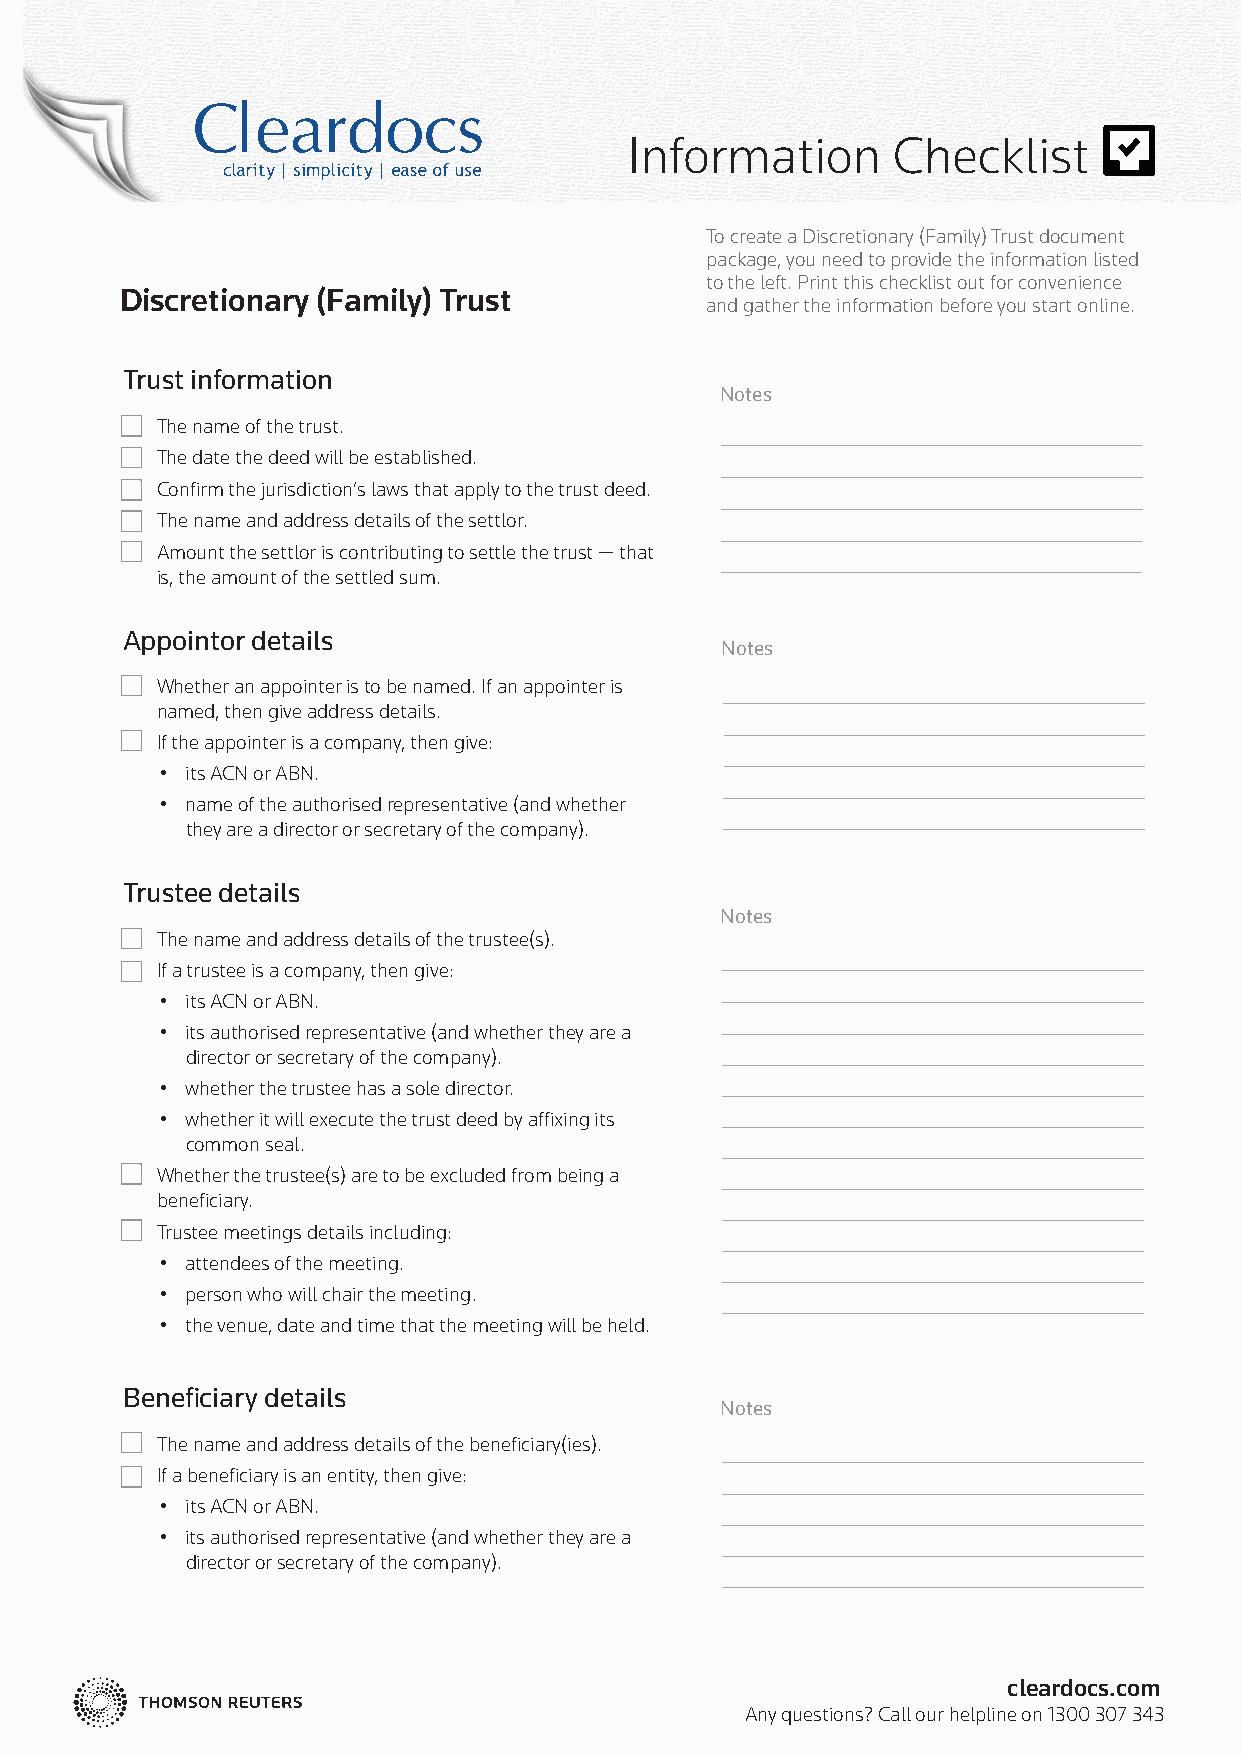
Information      Checklist
 To create a Discretionary (Family) Trust document
 package, you need to provide the information listed
 to the left. Print this checklist out for convenience
 Discretionary (Family) Trust
 and gather the information before you start online.
 Trust information
 Notes
 The name of the trust.
 The date the deed will be established.
 Confi rm the jurisdiction’s laws that apply to the trust deed.
 The name and address details of the settlor.
 Amount the settlor is contributing to settle the trust — that
 is, the amount of the settled sum.
 Appointor details
 Notes
 Whether an appointer is to be named. If an appointer is
 named, then give address details.
 If the appointer is a company, then give:
 • its ACN or ABN.
 • name of the authorised representative (and whether
 they are a director or secretary of the company).
 Trustee details
 Notes
 The name and address details of the trustee(s).
 If a trustee is a company, then give:
 • its ACN or ABN.
 • its authorised representative (and whether they are a
 director or secretary of the company).
 • whether the trustee has a sole director.
 • whether it will execute the trust deed by affi xing its
 common seal.
 Whether the trustee(s) are to be excluded from being a
 benefi ciary.
 Trustee meetings details including:
 • attendees of the meeting.
 • person who will chair the meeting.
 • the venue, date and time that the meeting will be held.
 Benefi ciary details
 Notes
 The name and address details of the benefi ciary(ies).
 If a benefi ciary is an entity, then give:
 • its ACN or ABN.
 • its authorised representative (and whether they are a
 director or secretary of the company).
 cleardocs.com
 Any questions? Call our helpline on 1300 307 343